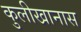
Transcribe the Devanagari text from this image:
कुलीखानास